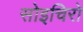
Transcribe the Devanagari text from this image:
सोइचिरो